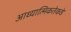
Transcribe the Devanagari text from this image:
आध्यात्मिकतेकडे